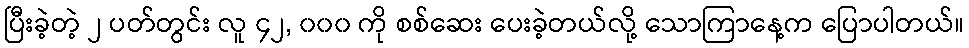
ပြီးခဲ့တဲ့ ၂ ပတ်တွင်း လူ ၄၂, ၀၀၀ ကို စစ်ဆေး ပေးခဲ့တယ်လို့ သောကြာနေ့က ပြောပါတယ်။